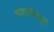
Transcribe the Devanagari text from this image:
भवानीपपुर